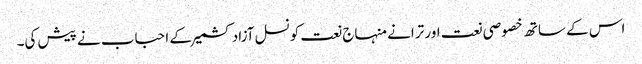
اس کے ساتھ خصوصی نعت اور ترانے منہاج نعت کونسل آزاد کشمیر کے احباب نے پیش کی۔